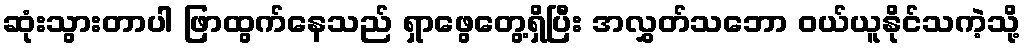
ဆုံးသွားတာပါ ဖြာထွက်နေသည် ရှာဖွေတွေ့ရှိပြီး အလွှတ်သဘော ဝယ်ယူနိုင်သကဲ့သို့